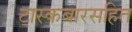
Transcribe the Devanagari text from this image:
टास्कबारसहित